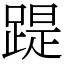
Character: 踶